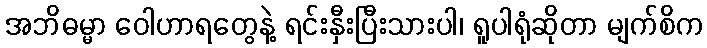
အဘိဓမ္မာ ဝေါဟာရတွေနဲ့ ရင်းနှီးပြီးသားပါ၊ ရူပါရုံဆိုတာ မျက်စိက